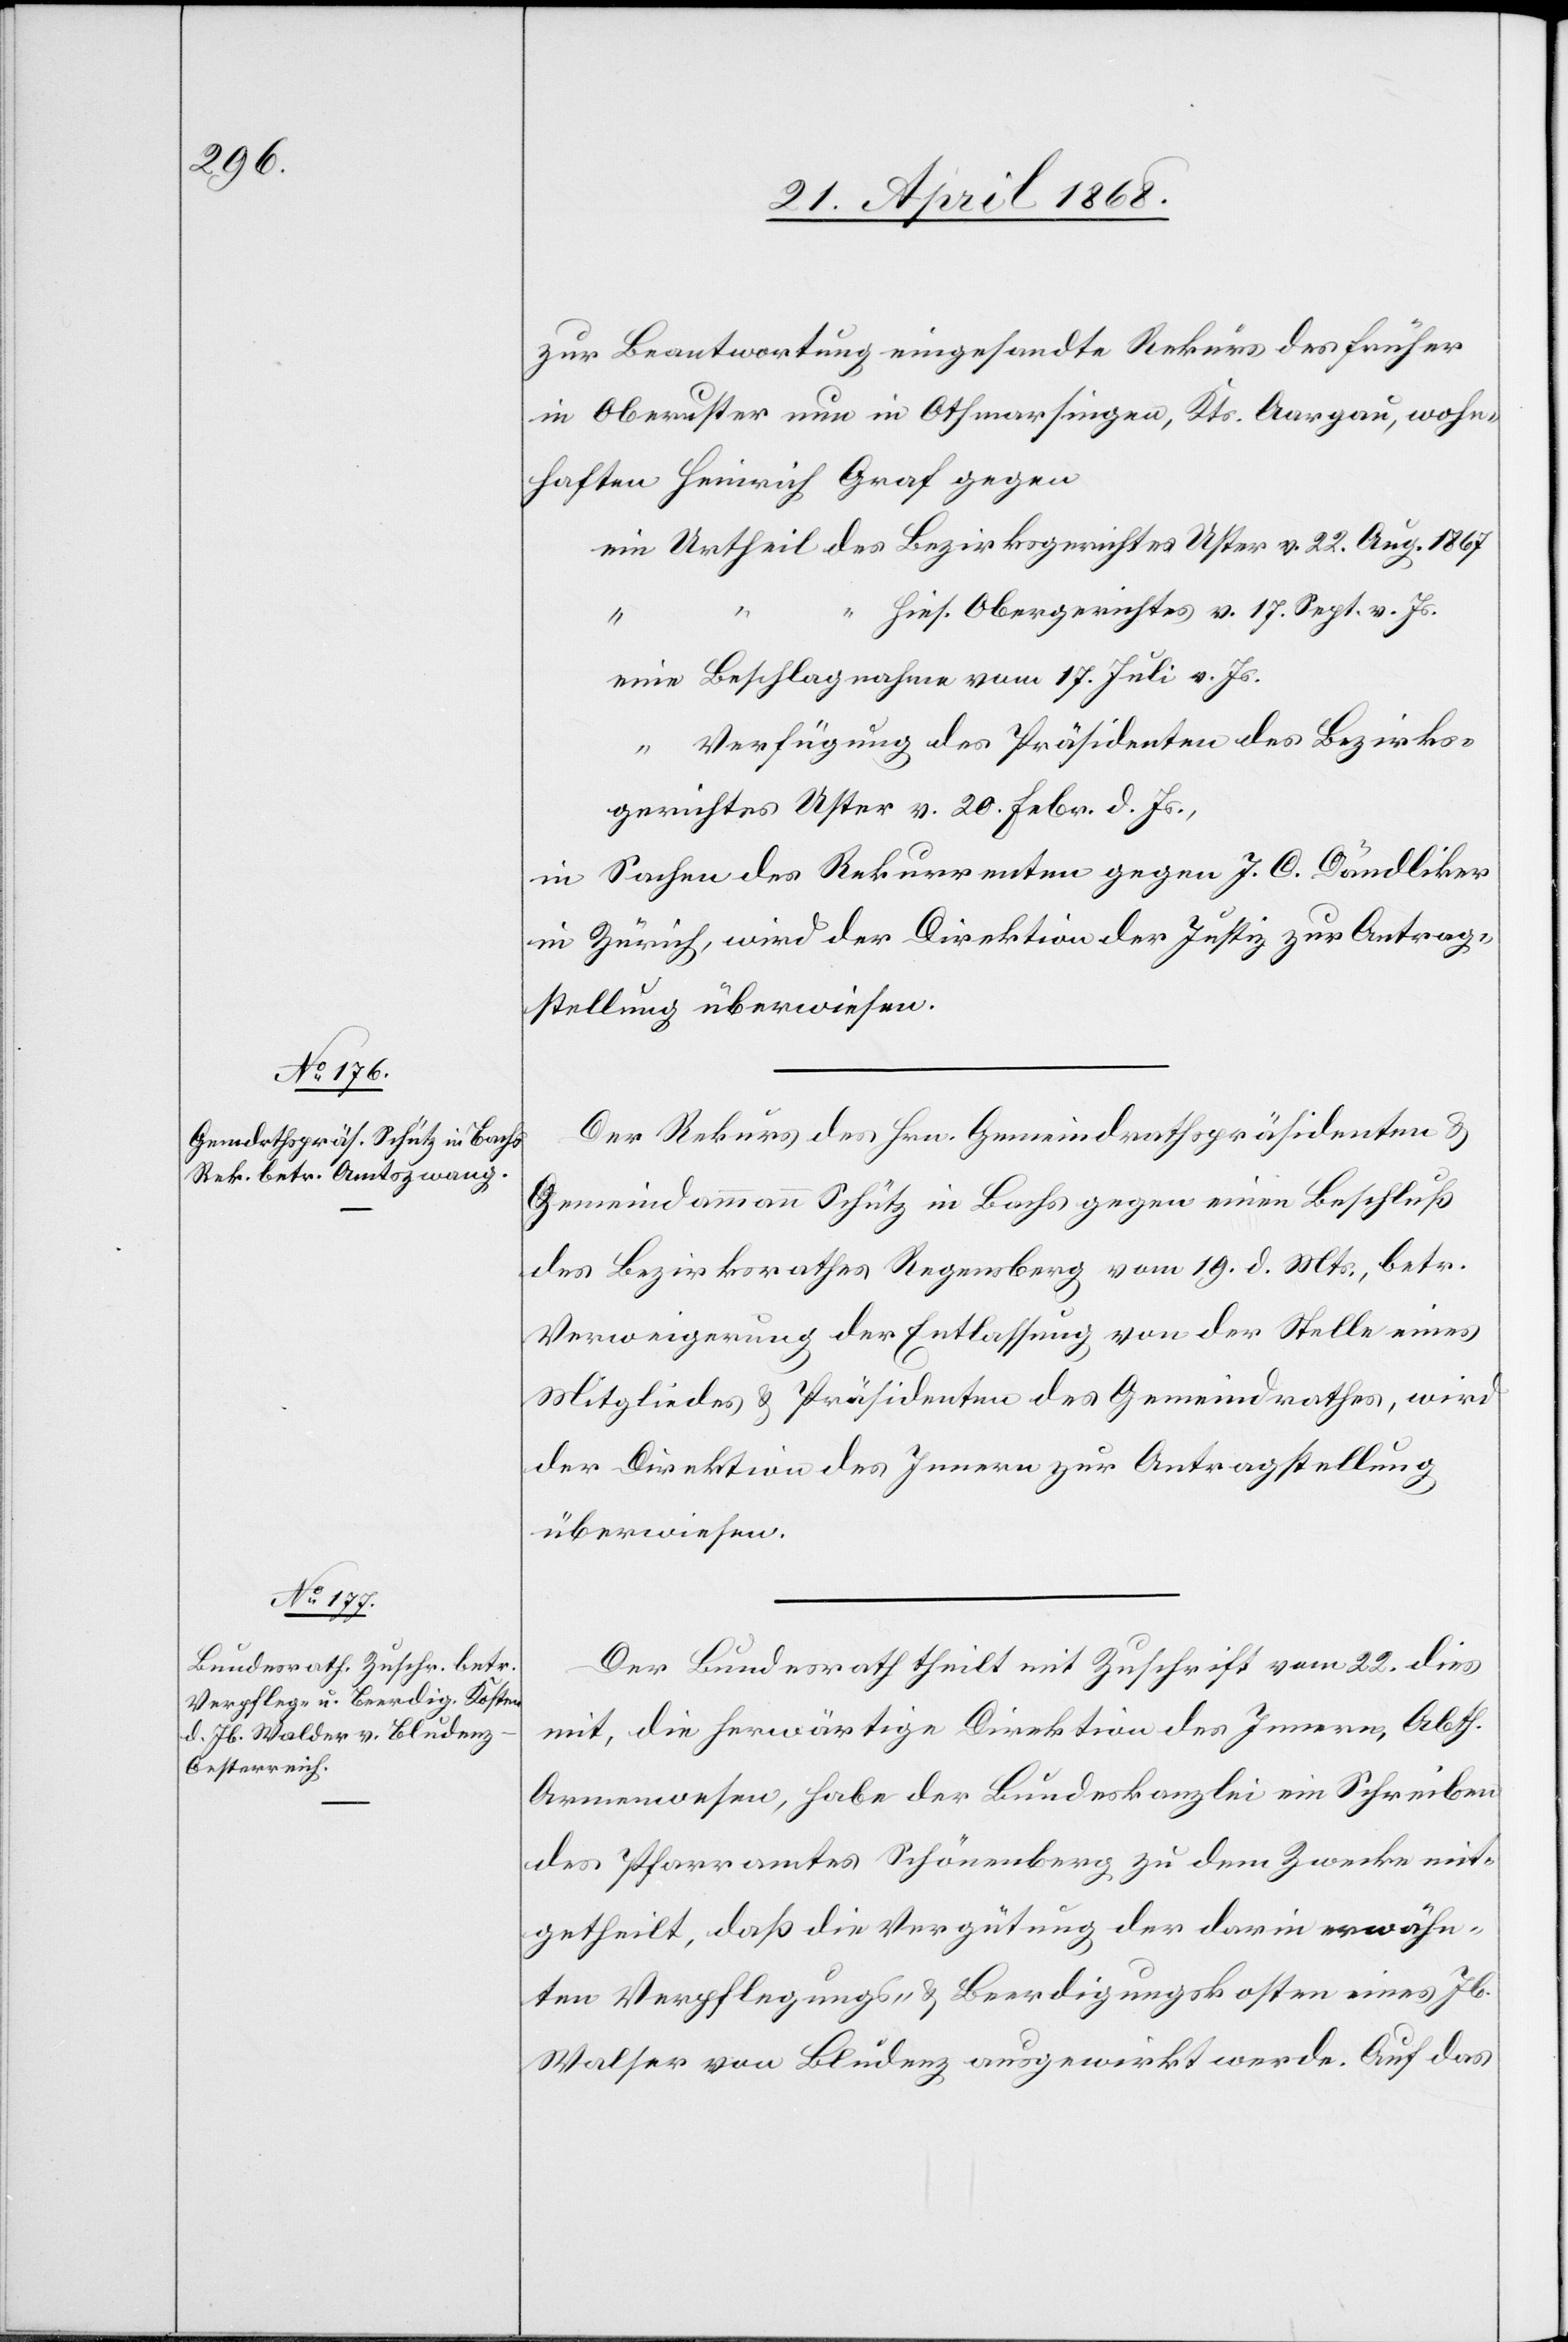
24. April 1868.]
zur Beantwortung eingesandte Rekurs des früher
in Oberuster nun in Othmarsingen, Kts. Aargau, wohn¬
haften Heinrich Graf gegen
ein Urtheil des Bezirksgerichtes Uster v. 22. Aug. 1867
“ hies. Obergerichtes v. 17. Sept. v. Js.
eine Beschlagnahme vom 17. Juli v. Js.
“ Verfügung des Präsidenten des Bezirks¬
gerichtes Uster v. 20. Febr. d. Js.,
in Sachen des Rekurrenten gegen J. C. Dändliker
in Zürich, wird der Direktion der Justiz zur Antrag¬
stellung überwiesen.
Der Rekurs des Hrn. Gemeindrathspräsidenten &
Gemeindammann Schütz in Bachs gegen einen Beschluß
des Bezirksrathes Regensberg vom 19. d. Mts., betr.
Verweigerung der Entlassung von der Stelle eines
Mitgliedes & Präsidenten des Gemeindrathes, wird
der Direktion des Innern zur Antragstellung
überwiesen.
Der Bundesrath theilt mit Zuschrift vom 22. dies
mit, die herwärtige Direktion des Innern, Abth.
Armenwesen, habe der Bundeskanzlei ein Schreiben
des Pfarramtes Schönenberg zu dem Zwecke mit¬
getheilt, daß die Vergütung der darin erwähn¬
ten Verpflegungs- & Beerdigungskosten eines Jb.